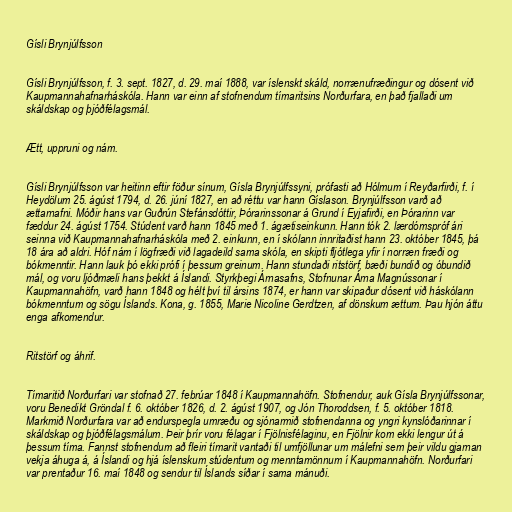
Gísli Brynjúlfsson

Gísli Brynjúlfsson, f. 3. sept. 1827, d. 29. maí 1888, var íslenskt skáld, norrænufræðingur og dósent við
Kaupmannahafnarháskóla. Hann var einn af stofnendum tímaritsins Norðurfara, en það fjallaði um
skáldskap og þjóðfélagsmál.

Ætt, uppruni og nám.

Gísli Brynjúlfsson var heitinn eftir föður sínum, Gísla Brynjúlfssyni, prófasti að Hólmum í Reyðarfirði, f. í
Heydölum 25. ágúst 1794, d. 26. júní 1827, en að réttu var hann Gíslason. Brynjúlfsson varð að
ættarnafni. Móðir hans var Guðrún Stefánsdóttir, Þórarinssonar á Grund í Eyjafirði, en Þórarinn var
fæddur 24. ágúst 1754. Stúdent varð hann 1845 með 1. ágætiseinkunn. Hann tók 2. lærdómspróf ári
seinna við Kaupmannahafnarháskóla með 2. einkunn, en í skólann innritaðist hann 23. október 1845, þá
18 ára að aldri. Hóf nám í lögfræði við lagadeild sama skóla, en skipti fljótlega yfir í norræn fræði og
bókmenntir. Hann lauk þó ekki prófi í þessum greinum. Hann stundaði ritstörf, bæði bundið og óbundið
mál, og voru ljóðmæli hans þekkt á Íslandi. Styrkþegi Árnasafns, Stofnunar Árna Magnússonar í
Kaupmannahöfn, varð hann 1848 og hélt því til ársins 1874, er hann var skipaður dósent við háskólann
bókmenntum og sögu Íslands. Kona, g. 1855, Marie Nicoline Gerdtzen, af dönskum ættum. Þau hjón áttu
enga afkomendur.

Ritstörf og áhrif.

Tímaritið Norðurfari var stofnað 27. febrúar 1848 í Kaupmannahöfn. Stofnendur, auk Gísla Brynjúlfssonar,
voru Benedikt Gröndal f. 6. október 1826, d. 2. ágúst 1907, og Jón Thoroddsen, f. 5. október 1818.
Markmið Norðurfara var að endurspegla umræðu og sjónarmið stofnendanna og yngri kynslóðarinnar í
skáldskap og þjóðfélagsmálum. Þeir þrír voru félagar í Fjölnisfélaginu, en Fjölnir kom ekki lengur út á
þessum tíma. Fannst stofnendum að fleiri tímarit vantaði til umfjöllunar um málefni sem þeir vildu gjarnan
vekja áhuga á, á Íslandi og hjá íslenskum stúdentum og menntamönnum í Kaupmannahöfn. Norðurfari
var prentaður 16. maí 1848 og sendur til Íslands síðar í sama mánuði.